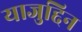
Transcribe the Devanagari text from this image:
याजुद्दिन